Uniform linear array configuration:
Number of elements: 32
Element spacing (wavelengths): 1
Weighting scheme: hamming
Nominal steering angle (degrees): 60
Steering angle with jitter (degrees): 61.337
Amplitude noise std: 0.05
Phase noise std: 0.05

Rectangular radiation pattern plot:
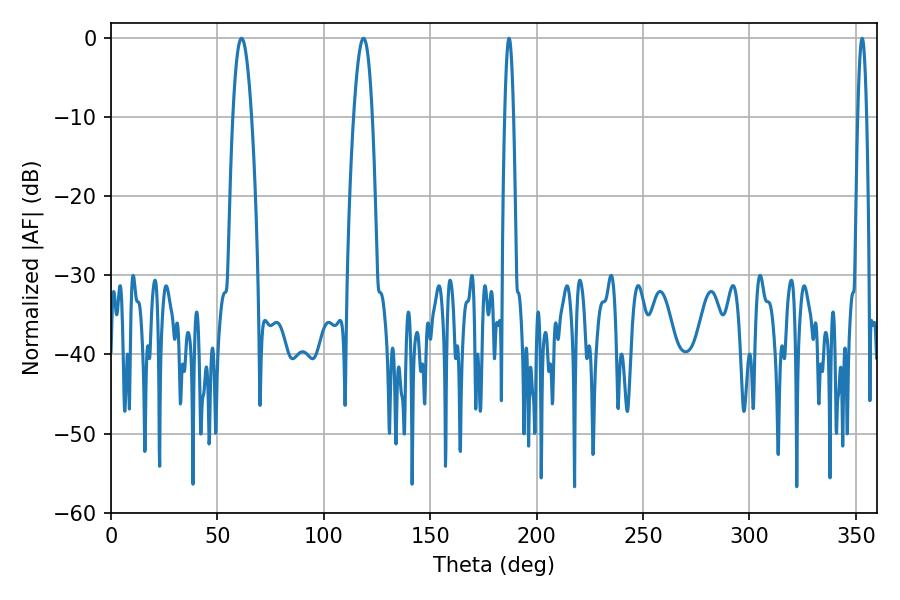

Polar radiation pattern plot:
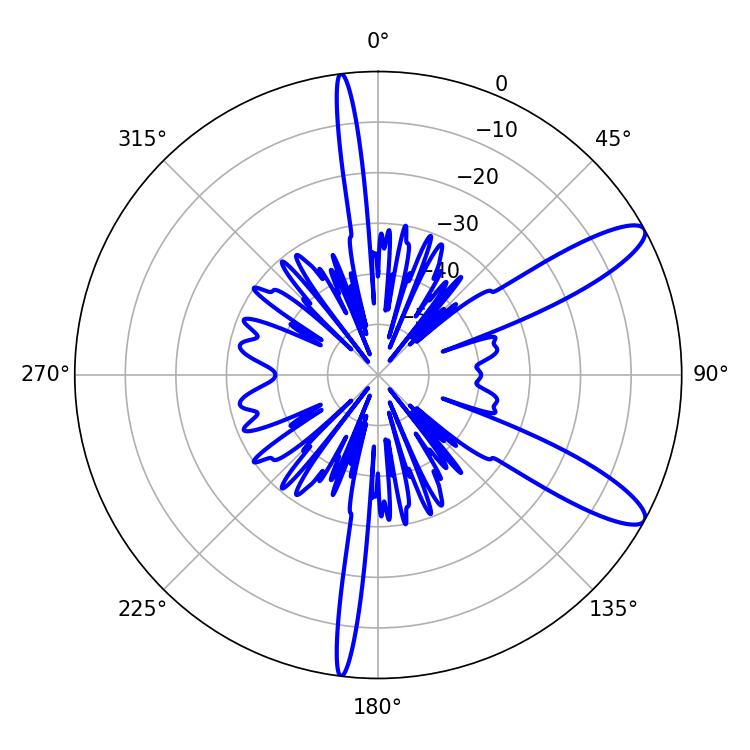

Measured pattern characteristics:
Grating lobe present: TRUE
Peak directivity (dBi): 11.268
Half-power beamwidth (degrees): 2.16
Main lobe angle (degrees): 187.02